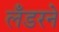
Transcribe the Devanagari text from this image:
लँडरने